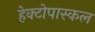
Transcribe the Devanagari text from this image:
हेक्टोपास्कल